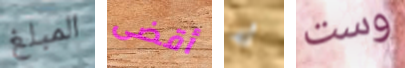
المبلغ أقضى له وست